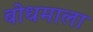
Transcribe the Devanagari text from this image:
बोधमाला